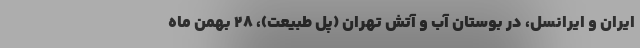
ایران و ایرانسل، در بوستان آب و آتش تهران (پل طبیعت)، ۲۸ بهمن ماه